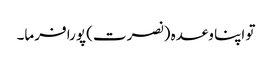
تو اپنا وعدہ (نصرت) پورا فرما۔